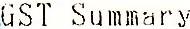
GST SUMMARY